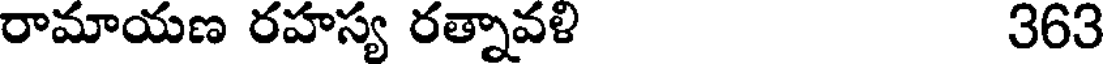
రామాయణ రహస్య రత్నావళి 363